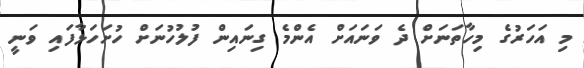
މި އަހަރުގެ މިހާތަނަށް ދެ ވަނައަށް އެންމެ ގިނައިން ފުލުހުނަށް ހުށަހަޅާފައި ވަނީ